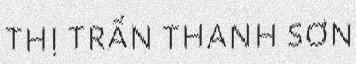
thị trấn thanh sơn